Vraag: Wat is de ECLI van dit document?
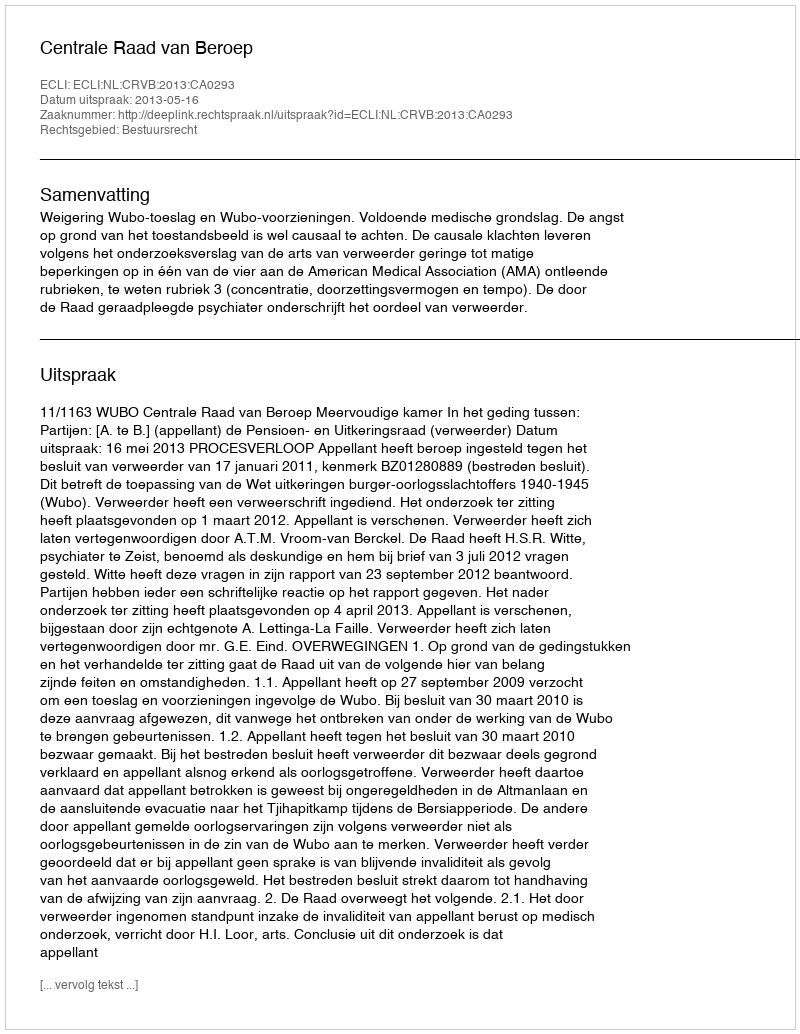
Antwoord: ECLI:NL:CRVB:2013:CA0293